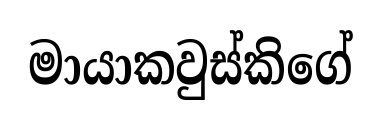
මායාකවුස්කිගේ